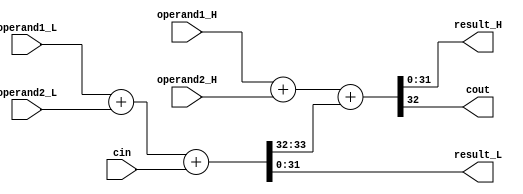
`timescale 1ns / 1ps
//*************************************************************************
//   > : adder.v
//   >   "+"
//   >   : LOONGSON
//   >   : 2016-04-14
//*************************************************************************
module adder(
    // input  [31:0] operand1,
    // input  [31:0] operand2,
    input  [31:0] operand1_H,
    input  [31:0] operand1_L,
    input  [31:0] operand2_H,
    input  [31:0] operand2_L,

    input         cin,

    // output [31:0] result,
    output [31:0] result_H,
    output [31:0] result_L,

    output cout
    );

    wire [31:0] cout_L;
    
    // assign {cout,result} = operand1 + operand2 + cin;
    assign {cout_L, result_L} = operand1_L + operand2_L + cin;
    assign {cout, result_H} = operand1_H + operand2_H + cout_L;
    // assign {cout, result_H, result_L} = {operand1_H, operand1_L} + {operand2_H, operand2_L} + cin;

endmodule